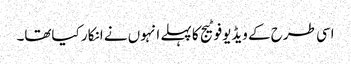
اسی طرح کے ویڈیوفوٹیج کا پہلے انہوں نے انکار کیاتھا۔